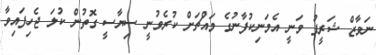
ނަވާޒް ޝަރީފު ވަނީ އެމަނިކުފާނުގެ މައްޗަށް ކުރެވުނީ ސިޔާސީ ގޮތުން ކުލަ ޖެހިފައިވާ